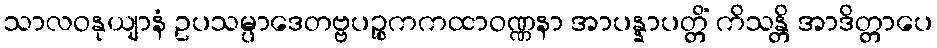
သာလဝနုယျာနံ ဥပသမ္ပာဒေတဗ္ဗပဉ္စကကထာဝဏ္ဏနာ အာပန္နာပတ္တိံ ကိသန္တိ အာဒိတ္တာပေ